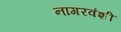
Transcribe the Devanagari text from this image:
नागरवंशी